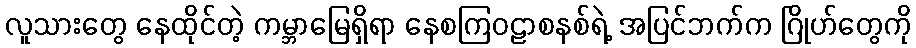
လူသားတွေ နေထိုင်တဲ့ ကမ္ဘာမြေရှိရာ နေစကြဝဠာစနစ်ရဲ့ အပြင်ဘက်က ဂြိုဟ်တွေကို